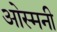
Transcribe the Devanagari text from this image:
ओस्मनी